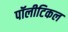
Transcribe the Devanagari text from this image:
पॉलीटिकल